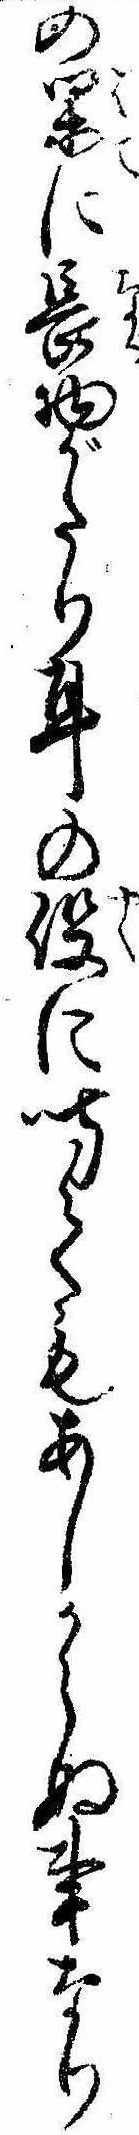
の果に長物がたり耳の役に聞てもあしからぬ事なり